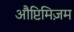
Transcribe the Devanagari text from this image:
औप्टिमिज़म